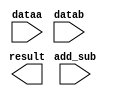
// megafunction wizard: %LPM_ADD_SUB%VBB%
// GENERATION: STANDARD
// VERSION: WM1.0
// MODULE: lpm_add_sub 

// ============================================================
// Megafunction Name(s):
// 			lpm_add_sub
//
// Simulation Library Files(s):
// 			lpm
// ============================================================
// ************************************************************
// THIS IS A WIZARD-GENERATED FILE. DO NOT EDIT THIS FILE!
//
// 9.0 Build 132 02/25/2009 SJ Web Edition
// ************************************************************

//Copyright (C) 1991-2009 Altera Corporation
//Your use of Altera Corporation's design tools, logic functions 
//and other software and tools, and its AMPP partner logic 
//functions, and any output files from any of the foregoing 
//(including device programming or simulation files), and any 
//associated documentation or information are expressly subject 
//to the terms and conditions of the Altera Program License 
//Subscription Agreement, Altera MegaCore Function License 
//Agreement, or other applicable license agreement, including, 
//without limitation, that your use is for the sole purpose of 
//programming logic devices manufactured by Altera and sold by 
//Altera or its authorized distributors.  Please refer to the 
//applicable agreement for further details.

module lpm_add_sub0 (
	add_sub,
	dataa,
	datab,
	result);

	input	  add_sub;
	input	[31:0]  dataa;
	input	[31:0]  datab;
	output	[31:0]  result;

endmodule

// ============================================================
// CNX file retrieval info
// ============================================================
// Retrieval info: PRIVATE: CarryIn NUMERIC "0"
// Retrieval info: PRIVATE: CarryOut NUMERIC "0"
// Retrieval info: PRIVATE: ConstantA NUMERIC "0"
// Retrieval info: PRIVATE: ConstantB NUMERIC "0"
// Retrieval info: PRIVATE: Function NUMERIC "2"
// Retrieval info: PRIVATE: INTENDED_DEVICE_FAMILY STRING "Stratix II"
// Retrieval info: PRIVATE: LPM_PIPELINE NUMERIC "0"
// Retrieval info: PRIVATE: Latency NUMERIC "0"
// Retrieval info: PRIVATE: Overflow NUMERIC "0"
// Retrieval info: PRIVATE: RadixA NUMERIC "10"
// Retrieval info: PRIVATE: RadixB NUMERIC "10"
// Retrieval info: PRIVATE: Representation NUMERIC "1"
// Retrieval info: PRIVATE: SYNTH_WRAPPER_GEN_POSTFIX STRING "0"
// Retrieval info: PRIVATE: ValidCtA NUMERIC "0"
// Retrieval info: PRIVATE: ValidCtB NUMERIC "0"
// Retrieval info: PRIVATE: WhichConstant NUMERIC "0"
// Retrieval info: PRIVATE: aclr NUMERIC "0"
// Retrieval info: PRIVATE: clken NUMERIC "0"
// Retrieval info: PRIVATE: nBit NUMERIC "32"
// Retrieval info: CONSTANT: LPM_DIRECTION STRING "UNUSED"
// Retrieval info: CONSTANT: LPM_HINT STRING "ONE_INPUT_IS_CONSTANT=NO,CIN_USED=NO"
// Retrieval info: CONSTANT: LPM_REPRESENTATION STRING "UNSIGNED"
// Retrieval info: CONSTANT: LPM_TYPE STRING "LPM_ADD_SUB"
// Retrieval info: CONSTANT: LPM_WIDTH NUMERIC "32"
// Retrieval info: USED_PORT: add_sub 0 0 0 0 INPUT NODEFVAL add_sub
// Retrieval info: USED_PORT: dataa 0 0 32 0 INPUT NODEFVAL dataa[31..0]
// Retrieval info: USED_PORT: datab 0 0 32 0 INPUT NODEFVAL datab[31..0]
// Retrieval info: USED_PORT: result 0 0 32 0 OUTPUT NODEFVAL result[31..0]
// Retrieval info: CONNECT: @add_sub 0 0 0 0 add_sub 0 0 0 0
// Retrieval info: CONNECT: result 0 0 32 0 @result 0 0 32 0
// Retrieval info: CONNECT: @dataa 0 0 32 0 dataa 0 0 32 0
// Retrieval info: CONNECT: @datab 0 0 32 0 datab 0 0 32 0
// Retrieval info: LIBRARY: lpm lpm.lpm_components.all
// Retrieval info: GEN_FILE: TYPE_NORMAL lpm_add_sub0.v TRUE
// Retrieval info: GEN_FILE: TYPE_NORMAL lpm_add_sub0.inc TRUE
// Retrieval info: GEN_FILE: TYPE_NORMAL lpm_add_sub0.cmp FALSE
// Retrieval info: GEN_FILE: TYPE_NORMAL lpm_add_sub0.bsf TRUE FALSE
// Retrieval info: GEN_FILE: TYPE_NORMAL lpm_add_sub0_inst.v FALSE
// Retrieval info: GEN_FILE: TYPE_NORMAL lpm_add_sub0_bb.v TRUE
// Retrieval info: GEN_FILE: TYPE_NORMAL lpm_add_sub0_waveforms.html TRUE
// Retrieval info: GEN_FILE: TYPE_NORMAL lpm_add_sub0_wave*.jpg FALSE
// Retrieval info: LIB_FILE: lpm